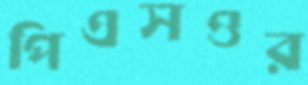
পিএসওর